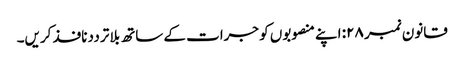
قانون نمبر ۲۸: اپنے منصوبوں کو جرات کے ساتھ بلا ترددنافذ کریں۔